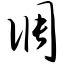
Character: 调